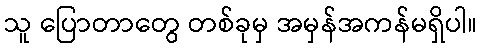
သူ ပြောတာတွေ တစ်ခုမှ အမှန်အကန်မရှိပါ။